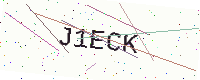
Text: J1ECK